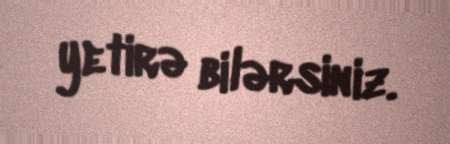
yetirə bilərsiniz.